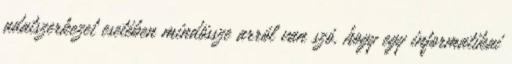
adatszerkezet esetében mindössze arról van szó, hogy egy informatikai